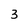
Character: 3